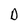
Character: D